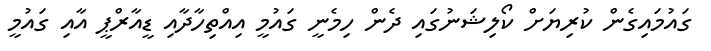
ގައުމައިގެން ކުރިޔަށް ކޯލިޝަނުގައި ދެން ހިމެނީ ގައުމީ އިއްތިހާދާއި ޑީއާރްޕީ އާއި ގައުމީ